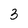
Character: 3